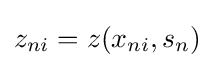
z_{ni}=z(x_{ni},s_{n})